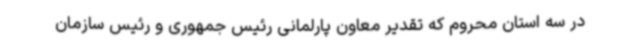
در سه استان محروم که تقدیر معاون پارلمانی رئیس جمهوری و رئیس سازمان